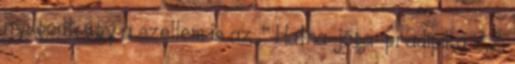
nyugodt, úgy a szellem is az ." Hatha-jóga-pradípika 2,2.